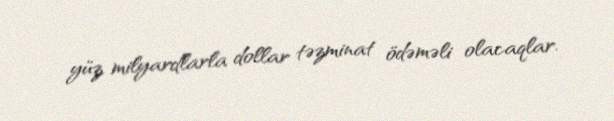
yüz milyardlarla dollar təzminat ödəməli olacaqlar.